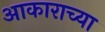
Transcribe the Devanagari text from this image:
अाकाराच्या